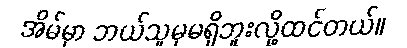
အိမ်မှာ ဘယ်သူမှမရှိဘူးလို့ထင်တယ်။